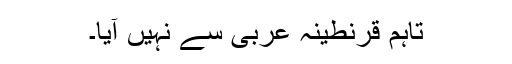
تاہم قرنطینہ عربی سے نہیں آیا۔